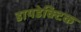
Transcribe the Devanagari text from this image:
डायडेक्टिक